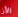
الآن